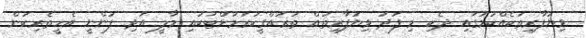
ވިޔަފާރިތަކެއްކަމުގައި ދެކި މި ފަދަ ވިޔަފާރިތައް ތަރައްގީކުރުމުށްޓަކައި މާލީ އަދި ފަންނީ އެހީތެރިކަން